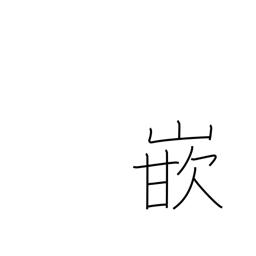
Meaning: go into